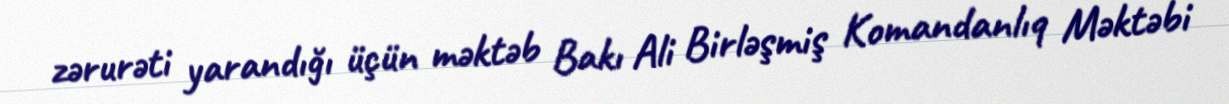
zərurəti yarandığı üçün məktəb Bakı Ali Birləşmiş Komandanlıq Məktəbi